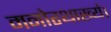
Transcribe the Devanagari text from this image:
मनोरथाख्यं।